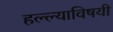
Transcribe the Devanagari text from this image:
हल्ल्याविषयी